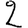
Digit: 2